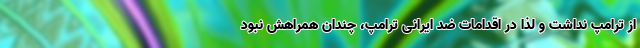
از ترامپ نداشت و لذا در اقدامات ضد ایرانی ترامپ، چندان همراهش نبود